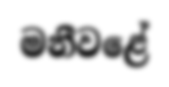
මනීවළේ